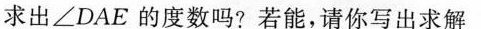
求出∠DAE的度数吗?若能，请你写出求解